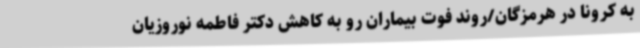
به کرونا در هرمزگان/روند فوت بیماران رو به کاهش دکتر فاطمه نوروزیان